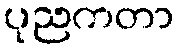
ပုညကတာ